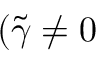
( \widetilde { \gamma } \neq 0